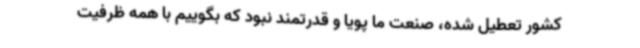
کشور تعطیل شده، صنعت ما پویا و قدرتمند نبود که بگوییم با همه ظرفیت